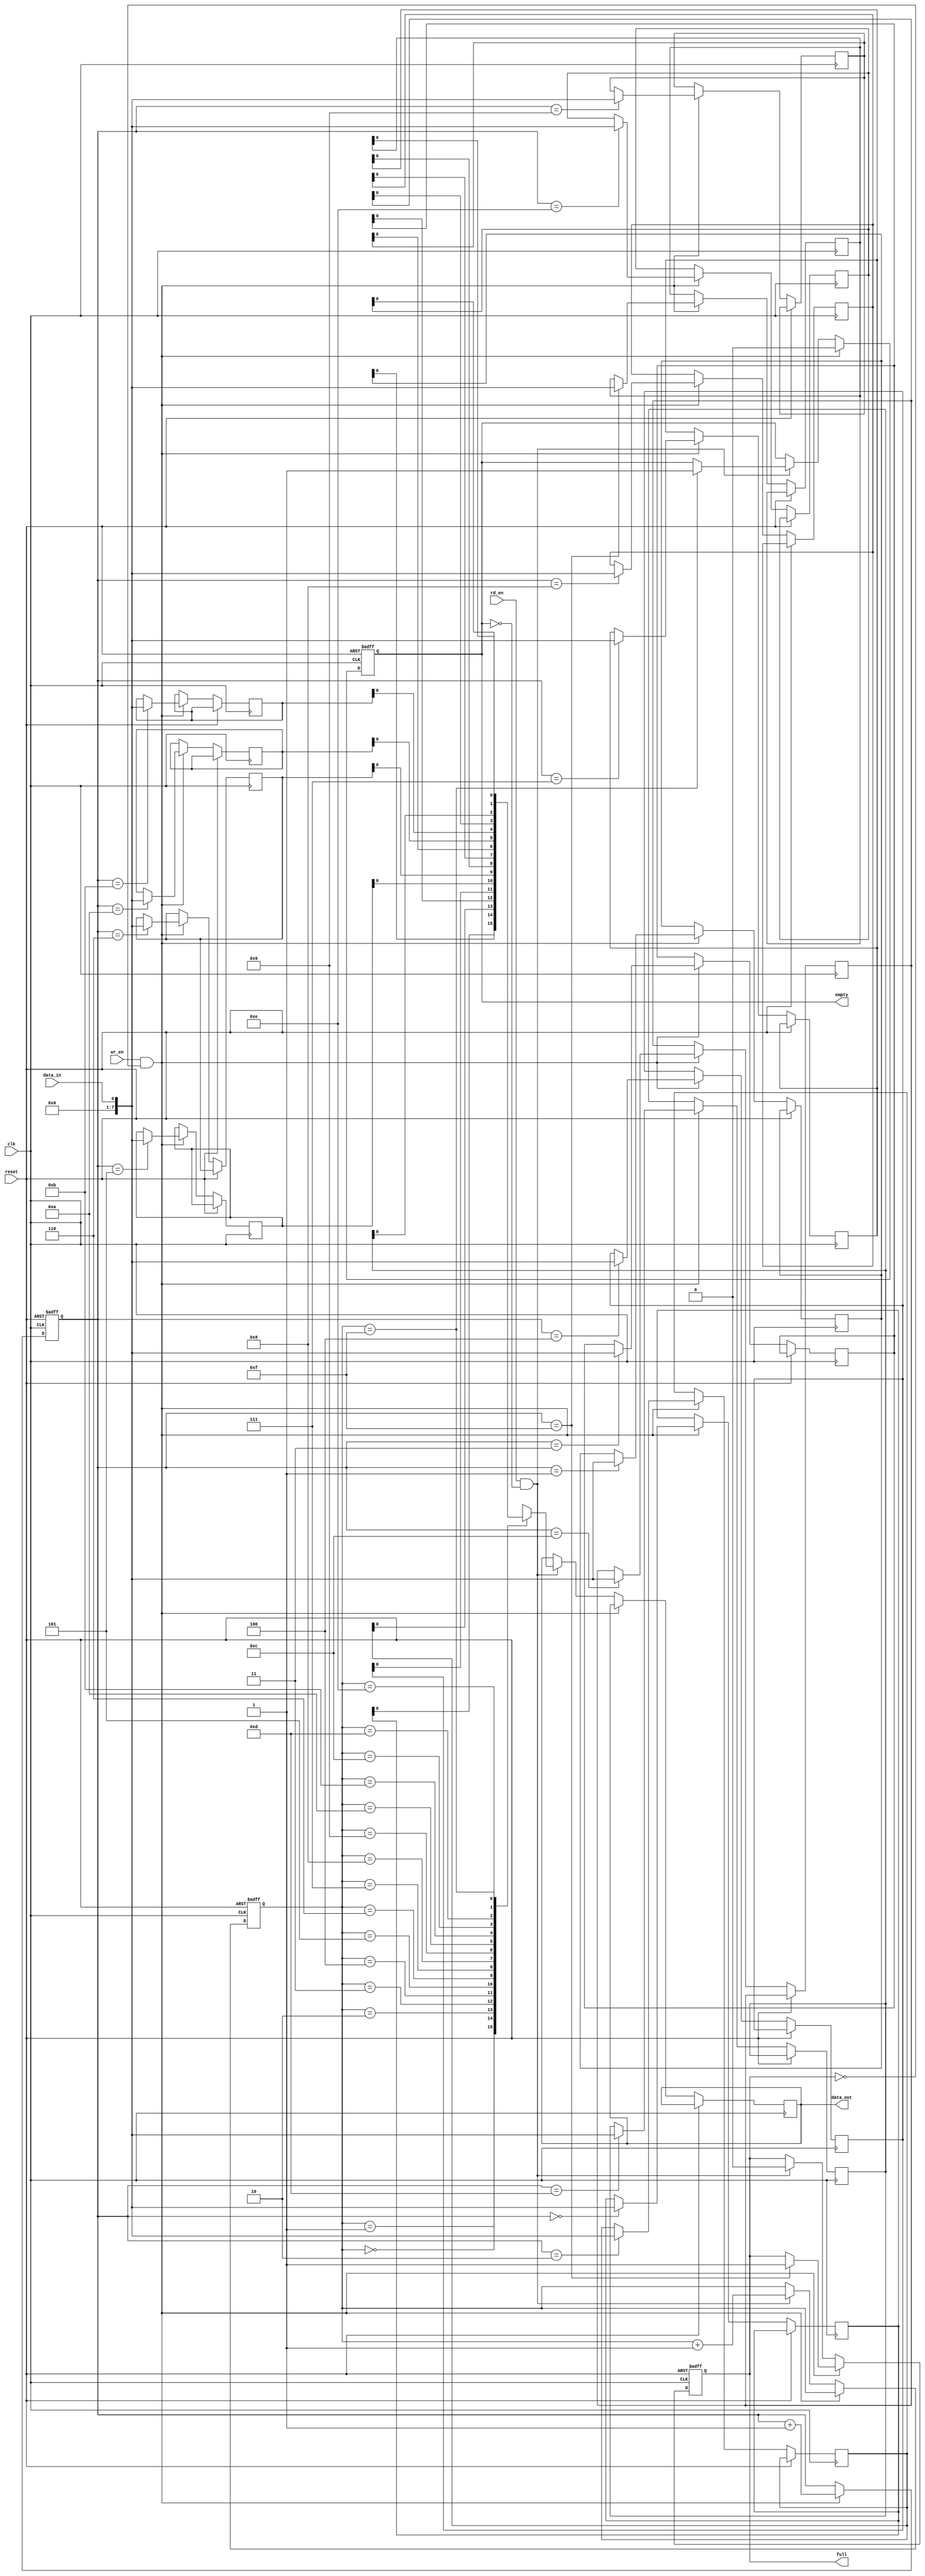
module fifo (
  input wire clk,
  input wire reset,
  input wire wr_en,
  input wire rd_en,
  input wire data_in,
  output reg data_out,
  output reg full,
  output reg empty
);

parameter FIFO_DEPTH = 16;
reg [7:0] memory [0:FIFO_DEPTH-1];
reg [3:0] wr_ptr, rd_ptr;

always @(posedge clk or posedge reset) begin
  if (reset) begin
    wr_ptr <= 0;
    rd_ptr <= 0;
    full <= 0;
    empty <= 1;
  end else begin
    if (wr_en && !full) begin
      memory[wr_ptr] <= data_in;
      wr_ptr <= wr_ptr + 1;
      if (wr_ptr == FIFO_DEPTH-1) begin
        full <= 1;
      end
      empty <= 0;
    end else if (rd_en && !empty) begin
      data_out <= memory[rd_ptr];
      rd_ptr <= rd_ptr + 1;
      if (rd_ptr == FIFO_DEPTH-1) begin
        empty <= 1;
      end
      full <= 0;
    end
  end
end

endmodule